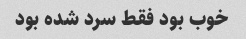
خوب بود فقط سرد شده بود